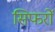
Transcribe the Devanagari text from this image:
सिफरों